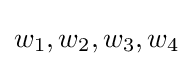
w_{1},w_{2},w_{3},w_{4}